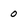
Character: o